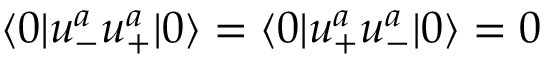
\langle 0 | u _ { - } ^ { a } u _ { + } ^ { a } | 0 \rangle = \langle 0 | u _ { + } ^ { a } u _ { - } ^ { a } | 0 \rangle = 0